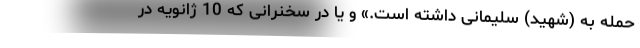
حمله به (شهید) سلیمانی داشته است.» و یا در سخنرانی که 10 ژانویه در